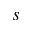
s